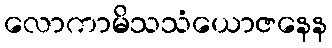
လောကာမိသသံယောဇနေန